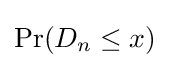
\operatorname {Pr} (D_{n}\leq x)